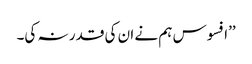
’’افسوس ہم نے ان کی قدر نہ کی۔